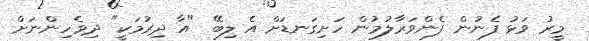
މީރު ވަޅު ފެނުން ފެންވަރާލުމުން ހަށިގަނޑަށް އެ ލިބޭ "އާ ދިރުމަކީ" ދިވެހިންނަށް